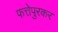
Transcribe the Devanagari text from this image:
फत्तेपुरकर